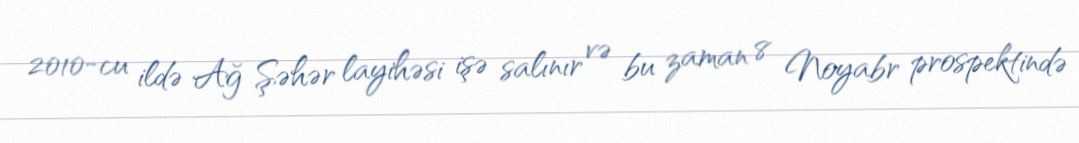
2010-cu ildə Ağ Şəhər layihəsi işə salınır və bu zaman 8 Noyabr prospektində